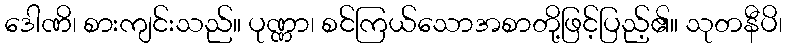
ဒေါဏိ၊ စားကျင်းသည်။ ပုဏ္ဏာ၊ စင်ကြယ်သောအစာတို့ဖြင့်ပြည့်၏။ သုတနီပိ၊